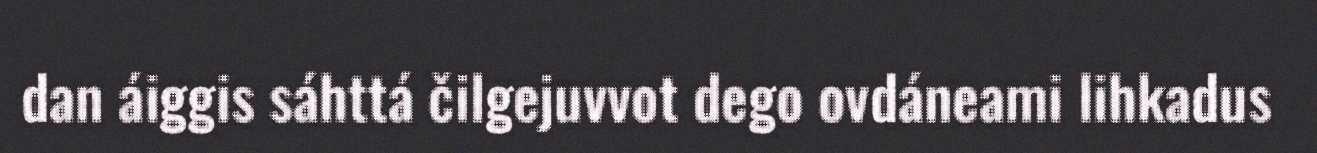
dan áiggis sáhttá čilgejuvvot dego ovdáneami lihkadus